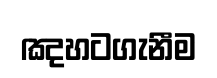
ඤහටගැනීම